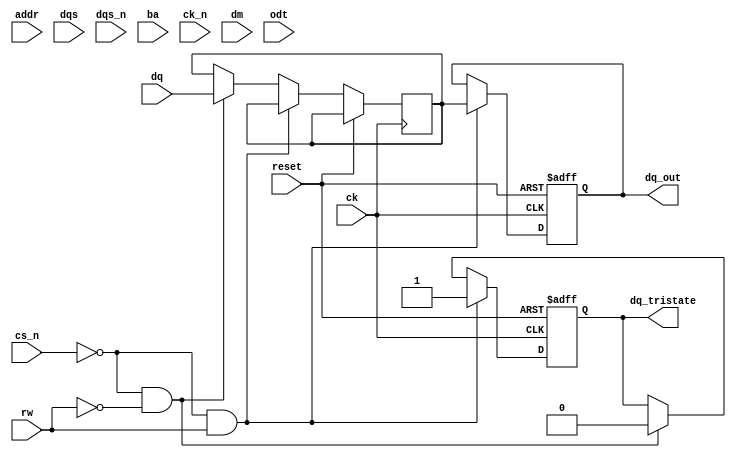
module ddr3_io_block (
    // Input Signals
    input wire [15:0] addr,   // Address Lines
    input wire [15:0] dq,     // Data Lines (bi-directional)
    input wire dqs,           // Data Strobe
    input wire dqs_n,         // Inverted Data Strobe
    input wire [1:0] ba,      // Bank Address
    input wire cs_n,          // Chip Select (active low)
    input wire rw,            // Read/Write Control
    input wire ck,            // Clock
    input wire ck_n,          // Inverted Clock
    input wire [1:0] dm,      // Data Mask
    input wire odt,           // On-Die Termination
    input wire reset,         // Reset Signal

    // Output Signals
    output reg [15:0] dq_out, // Data Lines Output
    output reg dq_tristate     // Tristate control for bi-directional data bus
);

// Parameters for memory timing
parameter tCAS = 3;          // CAS latency
parameter tRCD = 3;          // RAS to CAS delay
parameter tRP = 3;           // Row precharge time

// Internal Signals
reg [15:0] data_buf;        // Buffer for data to be driven on the bus
reg read_en;                // Read enable flag
reg write_en;               // Write enable flag

// Main I/O Control Logic
always @(posedge ck or posedge reset) begin
    if (reset) begin
        dq_out <= 16'd0;
        dq_tristate <= 1'b1; // Tristate enabled (high impedance)
        read_en <= 1'b0;
        write_en <= 1'b0;
    end else begin
        // Address decoding, addressing, and control logic would go here
        // Read Operation
        if (!cs_n && rw) begin
            // Read command issued
            read_en <= 1'b1;
            write_en <= 1'b0;
            dq_tristate <= 1'b1;  // Enable tristate for output
            dq_out <= data_buf;    // Output data
        end
        // Write Operation
        else if (!cs_n && !rw) begin
            // Write command issued
            write_en <= 1'b1;
            read_en <= 1'b0;
            dq_tristate <= 1'b0;  // Disable tridstate for output
            data_buf <= dq;       // Capture input data for writing
        end
        // Reset state
        else begin
            read_en <= 1'b0;
            write_en <= 1'b0;
        end
    end
end

// Additional logic for data integrity, error correction, etc. would go here

endmodule